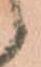
候